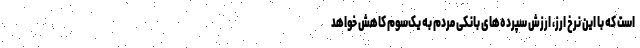
است که با این نرخ ارز، ارزش سپرده‌های بانکی مردم به یک‌سوم کاهش خواهد